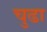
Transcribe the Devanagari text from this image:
चुढा